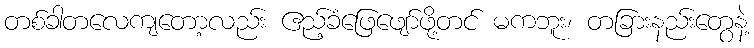
တစ်ခါတလေကျတော့လည်း ဧည့်ခံဖြေဖျော်ဖို့တင် မကဘူး၊ တခြားနည်းတွေနဲ့